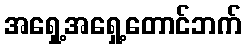
အရှေ့အရှေ့တောင်ဘက်